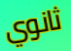
ثانوي